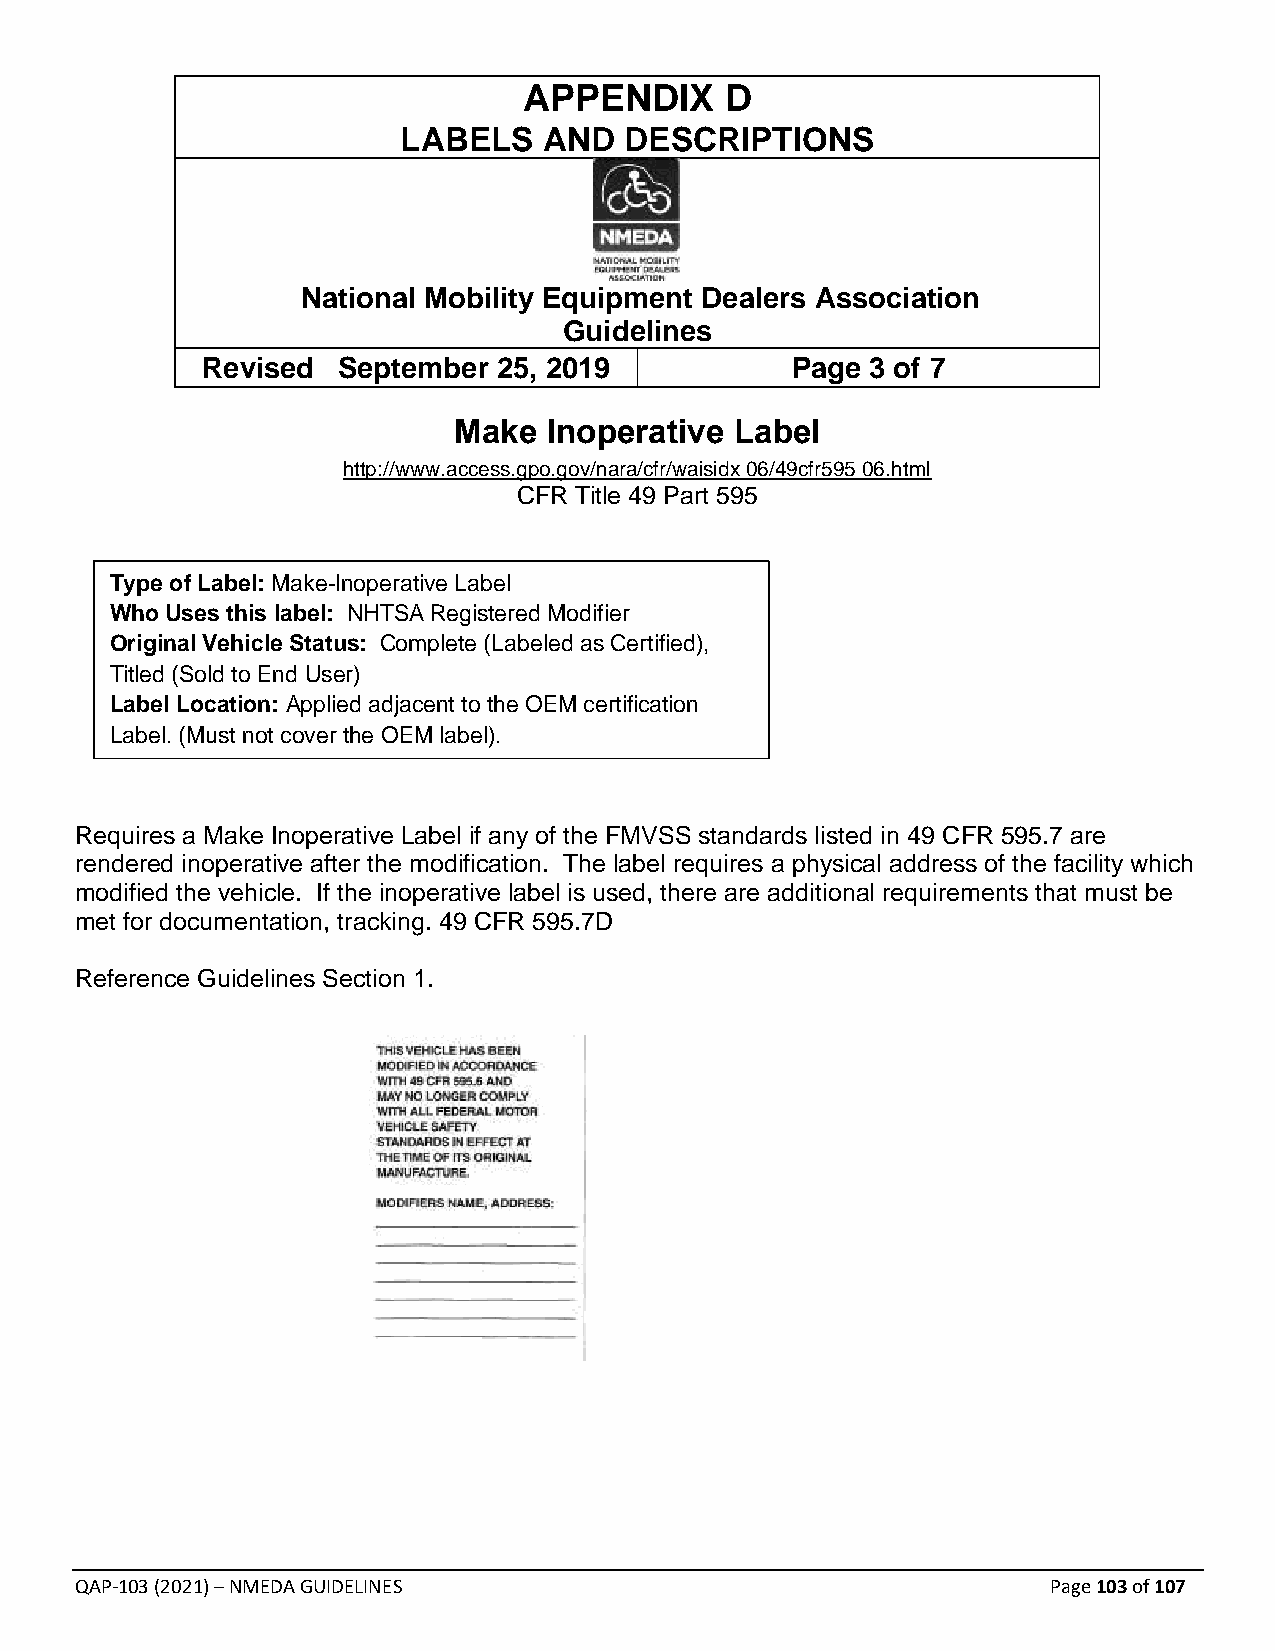
APPENDIX     D
 LABELS   AND  DESCRIPTIONS
 National Mobility Equipment Dealers Association
 Guidelines
 Revised  September  25, 2019           Page  3 of 7
 Make  Inoperative  Label
 http://www.access.gpo.gov/nara/cfr/waisidx 06/49cfr595 06.html
 CFR Title 49 Part 595
 Type of Label: Make-Inoperative Label
 Who Uses this label: NHTSA Registered Modifier
 Original Vehicle Status: Complete (Labeled as Certified),
 Titled (Sold to End User)
 Label Location: Applied adjacent to the OEM certification
 Label. (Must not cover the OEM label).
 Requires a Make Inoperative Label if any of the FMVSS standards listed in 49 CFR 595.7 are
 rendered inoperative after the modification. The label requires a physical address of the facility which
 modified the vehicle. If the inoperative label is used, there are additional requirements that must be
 met for documentation, tracking. 49 CFR 595.7D
 Reference Guidelines Section 1.
 QAP-103 (2021) – NMEDA GUIDELINES                                Page 103 of 107